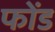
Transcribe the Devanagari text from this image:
फोंड